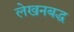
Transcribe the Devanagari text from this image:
लेखनबद्ध